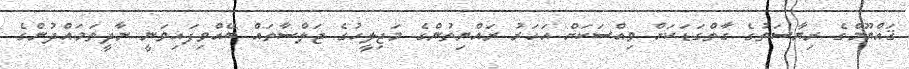
ޤައްޔޫމްގެ ރިޔާސަތުގެ ގާތްގަޑަކަށް ވިއްސަކަށް އަހަރު ރައްޔިތުންގެ މަޖިލީހުގެ ޖަލްސާތައް ބޭއްވިފައިވަނީ ނާދީތަމައްދުންގެ